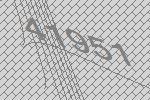
41951